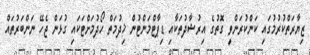
ޒިޔާރަތްކުރުމުގައި ކަންކުރަންވީ ގޮތުގެ އިރުޝާދުތަކާއި ޑިޕާޓްމަންޓުން ޚިދުމަތް ހޯދުމަށްޓަކައި ގުޅަން ޖެހޭ ނަންބަރުތައް